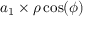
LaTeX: a _ { 1 } \times \rho \cos ( \phi )